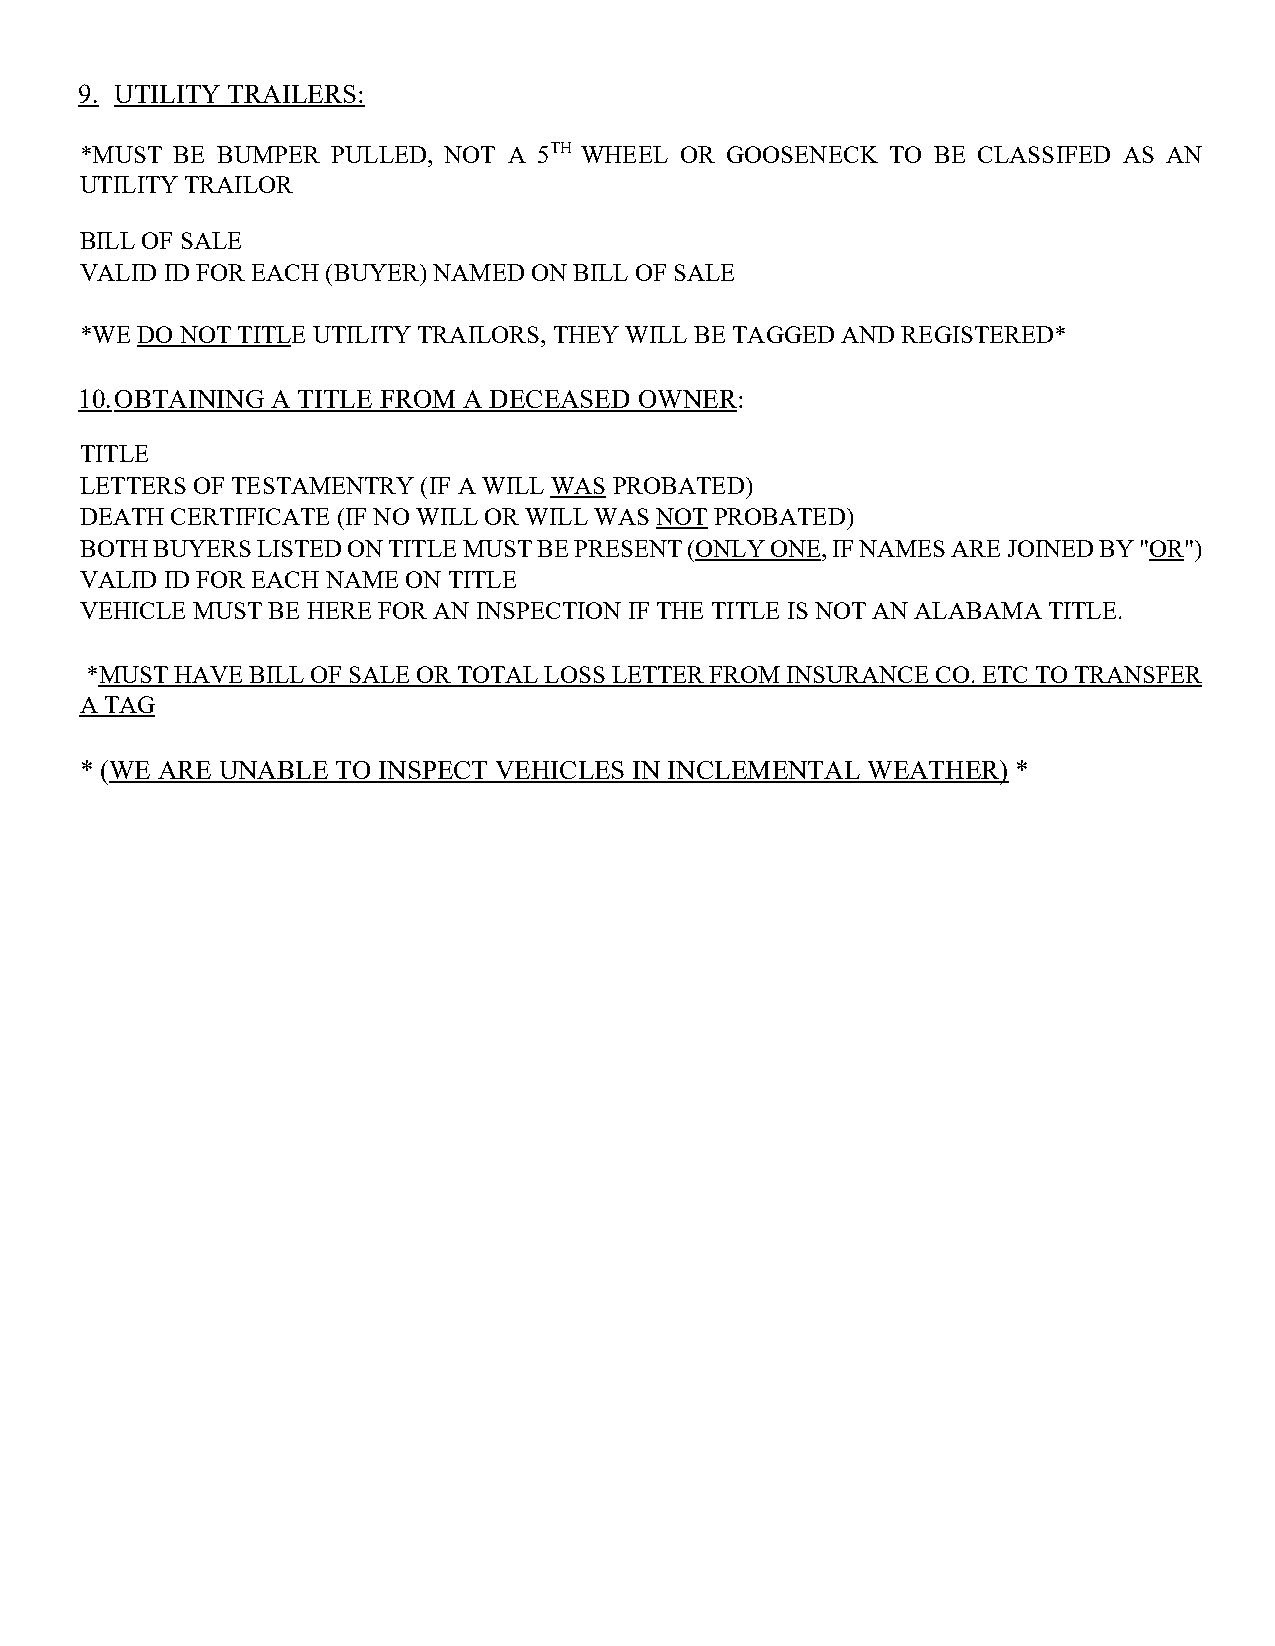
9. UTILITY TRAILERS:
 *MUST BE BUMPER  PULLED, NOT A 5TH WHEEL OR GOOSENECK TO BE CLASSIFED AS AN
 UTILITY TRAILOR
 BILL OF SALE
 VALID ID FOR EACH (BUYER) NAMED ON BILL OF SALE
 *WE DO NOT TITLE UTILITY TRAILORS, THEY WILL BE TAGGED AND REGISTERED*
 10. OBTAINING A TITLE FROM A DECEASED OWNER:
 TITLE
 LETTERS OF TESTAMENTRY (IF A WILL WAS PROBATED)
 DEATH CERTIFICATE (IF NO WILL OR WILL WAS NOT PROBATED)
 BOTH BUYERS LISTED ON TITLE MUST BE PRESENT (ONLY ONE, IF NAMES ARE JOINED BY "OR")
 VALID ID FOR EACH NAME ON TITLE
 VEHICLE MUST BE HERE FOR AN INSPECTION IF THE TITLE IS NOT AN ALABAMA TITLE.
 *MUST HAVE BILL OF SALE OR TOTAL LOSS LETTER FROM INSURANCE CO. ETC TO TRANSFER
 A TAG
 * (WE ARE UNABLE TO INSPECT VEHICLES IN INCLEMENTAL WEATHER)  *